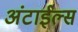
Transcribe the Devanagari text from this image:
अंटाईल्स